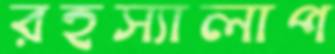
রহস্যালাপ